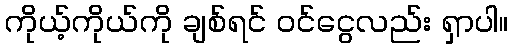
ကိုယ့်ကိုယ်ကို ချစ်ရင် ဝင်ငွေလည်း ရှာပါ။